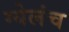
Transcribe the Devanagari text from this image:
ग्येलंच